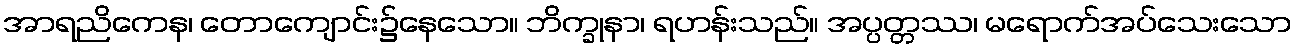
အာရညိကေန၊ တောကျောင်း၌နေသော။ ဘိက္ခုနာ၊ ရဟန်းသည်။ အပ္ပတ္တဿ၊ မရောက်အပ်သေးသော